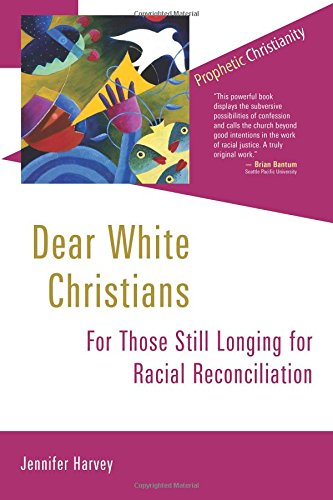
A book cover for Dear White Christians: For Those Still Longing for Racial Reconciliation (Prophetic Christianity); Jennifer Harvey; Christian Books & Bibles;